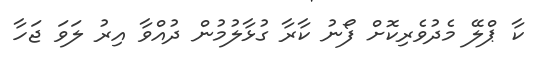
ކާ ޕްލޭ މެދުވެރިކޮށް ފޯނު ކާރާ ގުޅާލުމުން ދުއްވާ އިރު ލަވަ ޖަހާ